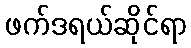
ဖက်ဒရယ်ဆိုင်ရာ